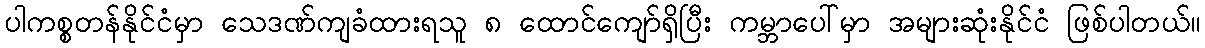
ပါကစ္စတန်နိုင်ငံမှာ သေဒဏ်ကျခံထားရသူ ၈ ထောင်ကျော်ရှိပြီး ကမ္ဘာပေါ်မှာ အများဆုံးနိုင်ငံ ဖြစ်ပါတယ်။